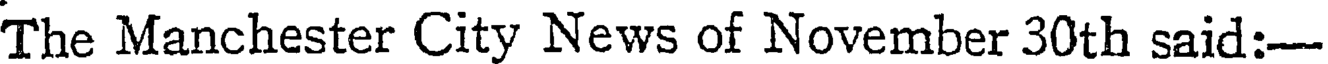
The Manchester City News of November 30th said:-